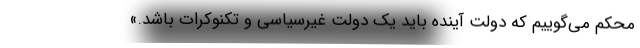
محکم می‌گوییم که دولت آینده باید یک دولت غیرسیاسی و تکنوکرات باشد.»